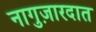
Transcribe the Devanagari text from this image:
नागुज़ारदात